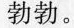
勃勃。